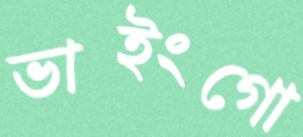
ভাইংগো